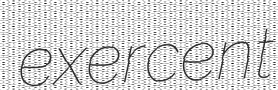
exercent